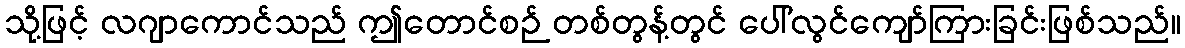
သို့ဖြင့် လဂျာကောင်သည် ဤတောင်စဉ် တစ်တွန့်တွင် ပေါ်လွင်ကျော်ကြားခြင်းဖြစ်သည်။